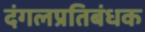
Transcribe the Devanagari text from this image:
दंगलप्रतिबंधक